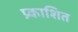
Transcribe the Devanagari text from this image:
प्र्काशित